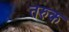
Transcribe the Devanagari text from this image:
तरुक